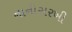
નાનીસરખી